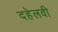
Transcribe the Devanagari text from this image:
दहेलवी